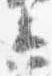
衛